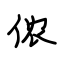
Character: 侬